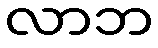
လာဘ